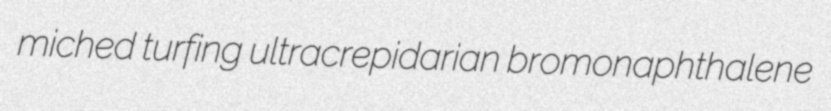
miched turfing ultracrepidarian bromonaphthalene